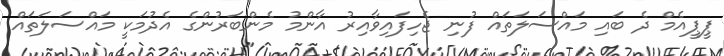
ޕީޕީއެމް ދެ ބައި މައްސަލަތައް ފުނި ޖެހިފައިވާއިރު އާންމު މެންބަރުންގެ އެދުމަކީ މައްސަލަތައް